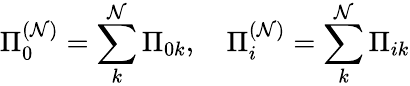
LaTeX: \Pi_{0}^{(\mathcal{N})}=\sum_{k}^{\mathcal{N}}\Pi_{0k},~~~~\Pi_{i}^{(\mathcal{N})}=\sum_{k}^{\mathcal{N}}\Pi_{ik}